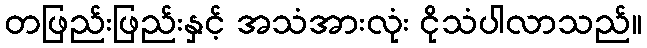
တဖြည်းဖြည်းနှင့် အသံအားလုံး ငိုသံပါလာသည်။